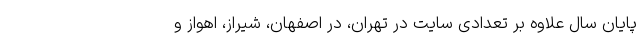
پایان سال علاوه بر تعدادی سایت در تهران، در اصفهان، شیراز، اهواز و